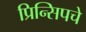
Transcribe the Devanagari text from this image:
प्रिन्सिपचे